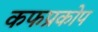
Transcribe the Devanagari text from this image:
कफप्रकोप